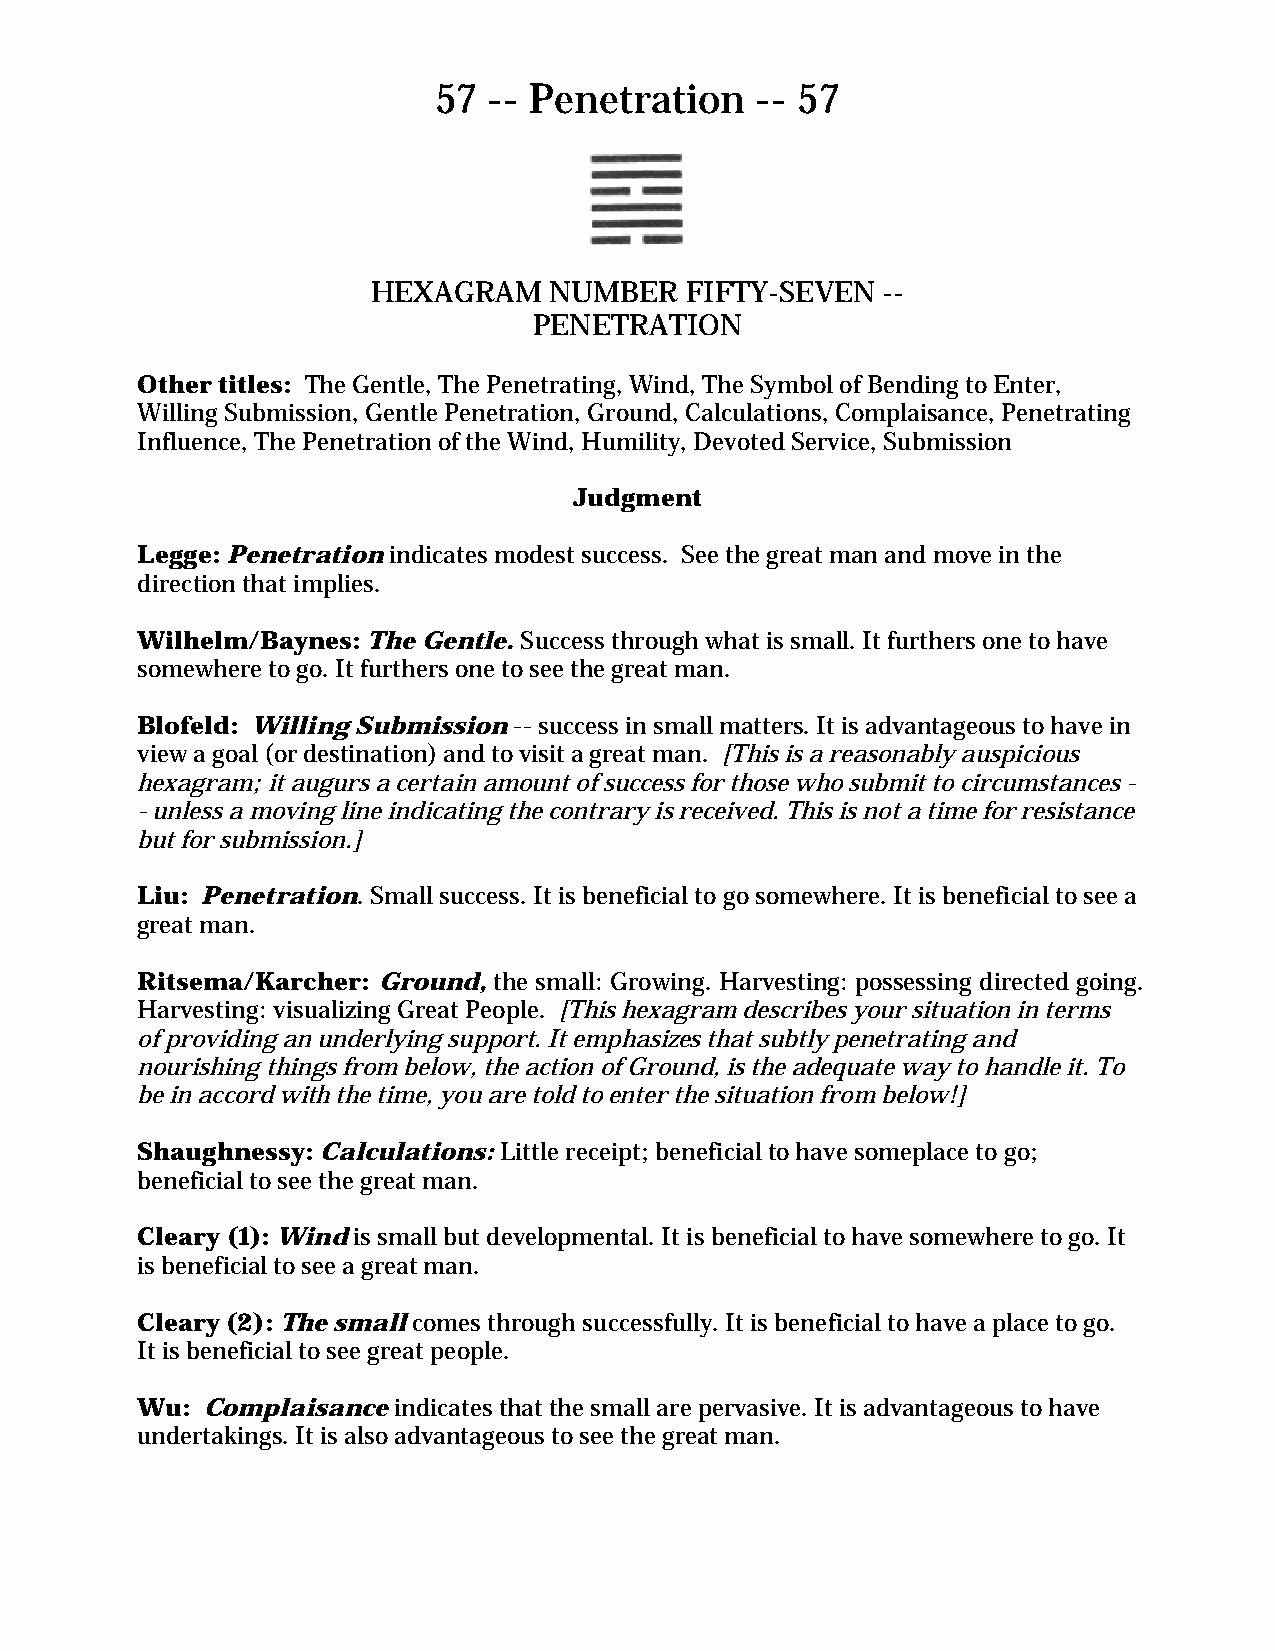
57 -- Penetration    -- 57
 HEXAGRAM   NUMBER   FIFTY-SEVEN  --
 PENETRATION
 Other titles: The Gentle, The Penetrating, Wind, The Symbol of Bending to Enter,
 Willing Submission, Gentle Penetration, Ground, Calculations, Complaisance, Penetrating
 Influence, The Penetration of the Wind, Humility, Devoted Service, Submission
 Judgment
 Legge: Penetration indicates modest success. See the great man and move in the
 direction that implies.
 Wilhelm/Baynes: The Gentle. Success through what is small. It furthers one to have
 somewhere to go. It furthers one to see the great man.
 Blofeld: Willing Submission -- success in small matters. It is advantageous to have in
 view a goal (or destination) and to visit a great man. [This is a reasonably auspicious
 hexagram; it augurs a certain amount of success for those who submit to circumstances -
 - unless a moving line indicating the contrary is received. This is not a time for resistance
 but for submission.]
 Liu: Penetration. Small success. It is beneficial to go somewhere. It is beneficial to see a
 great man.
 Ritsema/Karcher: Ground, the small: Growing. Harvesting: possessing directed going.
 Harvesting: visualizing Great People. [This hexagram describes your situation in terms
 of providing an underlying support. It emphasizes that subtly penetrating and
 nourishing things from below, the action of Ground, is the adequate way to handle it. To
 be in accord with the time, you are told to enter the situation from below!]
 Shaughnessy: Calculations: Little receipt; beneficial to have someplace to go;
 beneficial to see the great man.
 Cleary (1): Wind is small but developmental. It is beneficial to have somewhere to go. It
 is beneficial to see a great man.
 Cleary (2): The small comes through successfully. It is beneficial to have a place to go.
 It is beneficial to see great people.
 Wu:  Complaisance indicates that the small are pervasive. It is advantageous to have
 undertakings. It is also advantageous to see the great man.